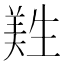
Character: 𦎡